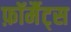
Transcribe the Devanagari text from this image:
फ़ॉर्मैट्स